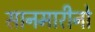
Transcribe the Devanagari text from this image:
सानमारीनो